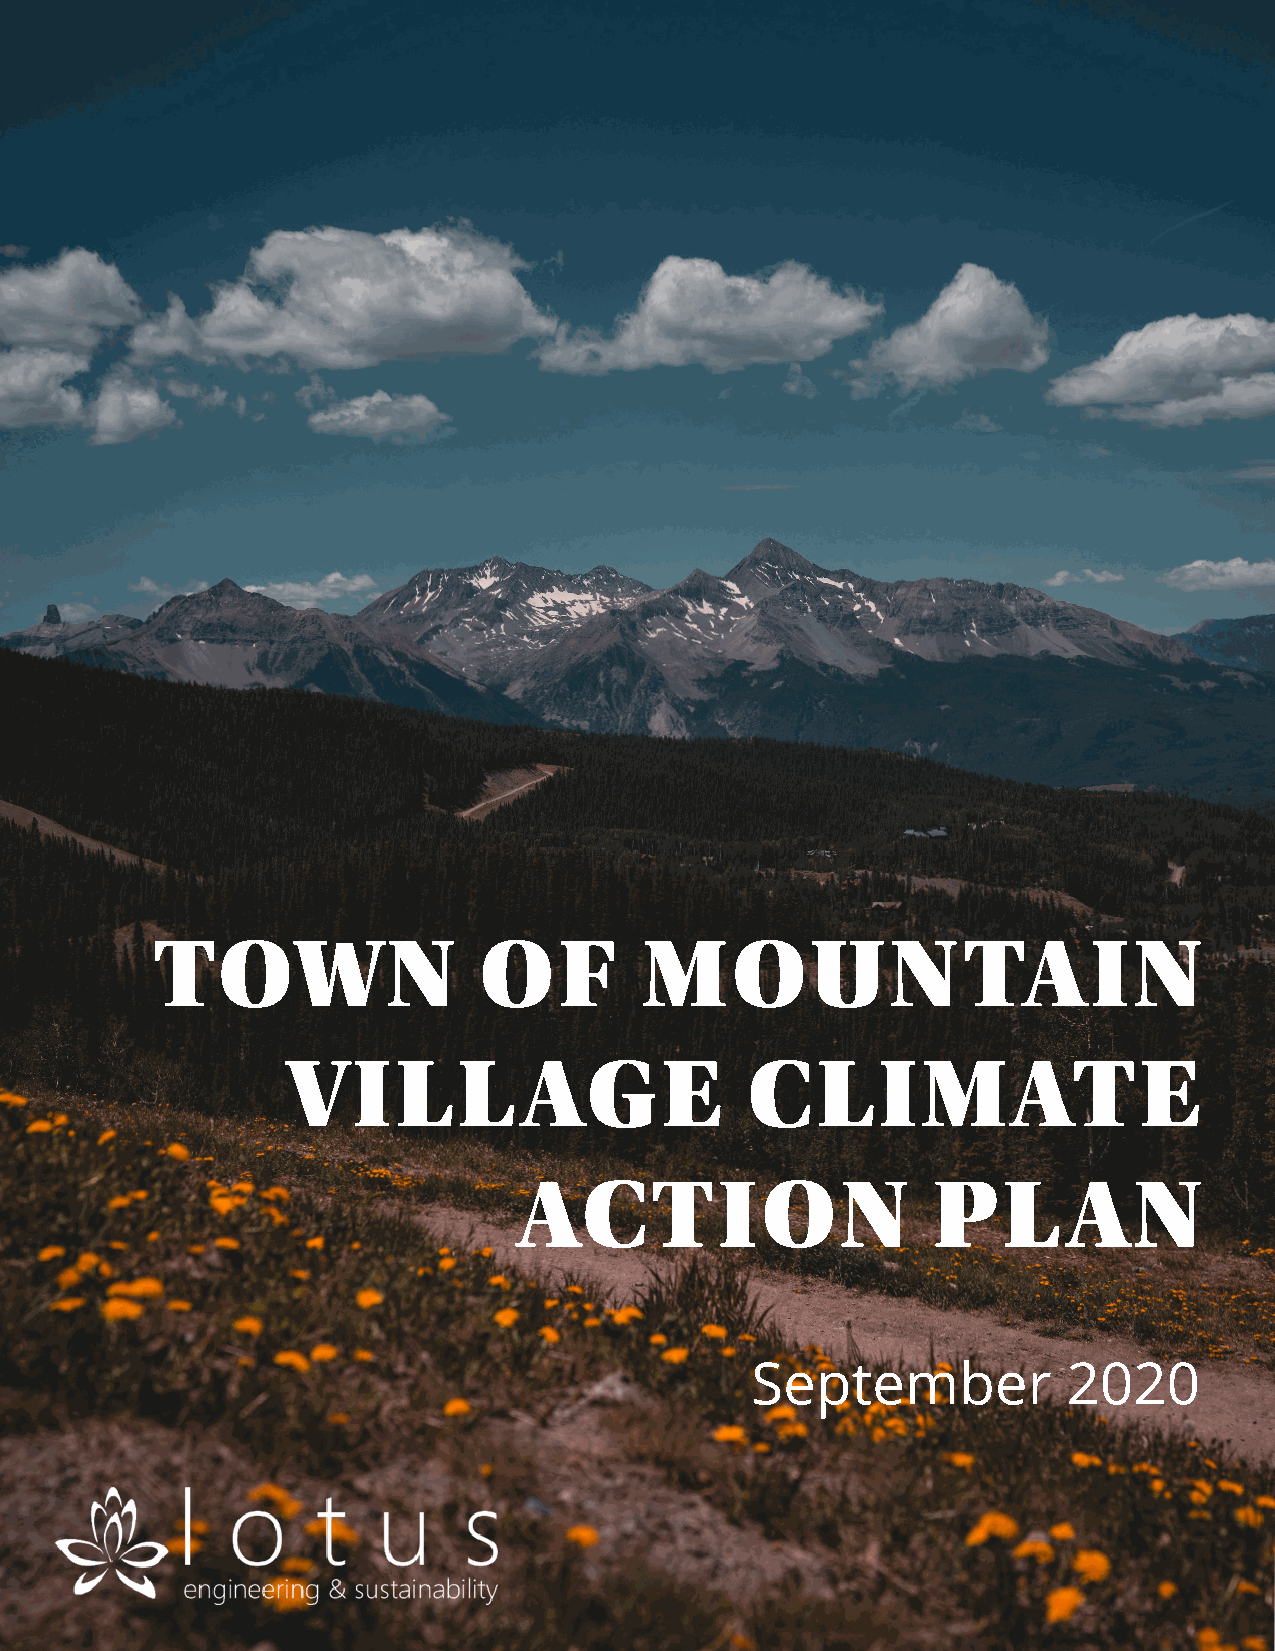
TOWN                  OF         MOUN                 TAIN
 VILL            AGE            CLIMATE
 ACTION                      PL       AN
 September            2020